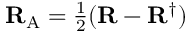
{ \mathbf { R } } _ { \mathrm { A } } = { \textstyle \frac { 1 } { 2 } } ( { \mathbf { R } } - { \mathbf { R } } ^ { \dagger } )